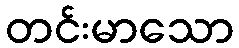
တင်းမာသော